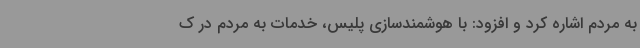
به مردم اشاره کرد و افزود: با هوشمندسازی پلیس، خدمات به مردم در ک